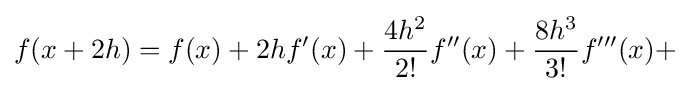
f(x+2h)=f(x)+2hf'(x)+{\frac {4h^{2}}{2!}}f''(x)+{\frac {8h^{3}}{3!}}f'''(x)+